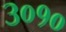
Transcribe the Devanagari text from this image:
३०१०